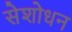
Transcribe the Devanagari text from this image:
सेशोधन